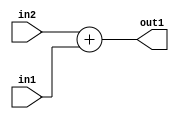
`timescale 1ps / 1ps
/*****************************************************************************
    Verilog RTL Description
    
    
    Created by: Stratus DpOpt 21.05.01 
*******************************************************************************/

module SobelFilter_Add_6Ux4U_7S_1 (
	in2,
	in1,
	out1
	); /* architecture "behavioural" */ 
input [5:0] in2;
input [3:0] in1;
output [6:0] out1;
wire [6:0] asc001;

assign asc001 = 
	+(in2)
	+(in1);

assign out1 = asc001;
endmodule

/* CADENCE  ubD2TAg= : u9/ySxbfrwZIxEzHVQQV8Q== ** DO NOT EDIT THIS LINE ******/